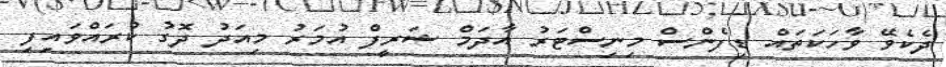
ދެކެވޭ ވާހަކަތައް ޑިފެންސް މިނިސްޓަރު އާދަމް ޝަރީފް އުމަރު މިއަދު ދޮގު ކުރައްވައިފި